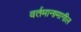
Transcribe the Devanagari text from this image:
वर्तमानामागील